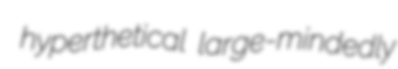
hyperthetical large-mindedly